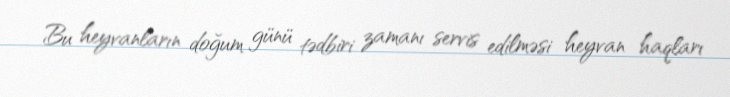
Bu heyvanların doğum günü tədbiri zamanı servis edilməsi heyvan haqları